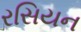
રસિયન